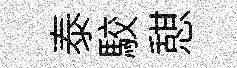
泰駮憇